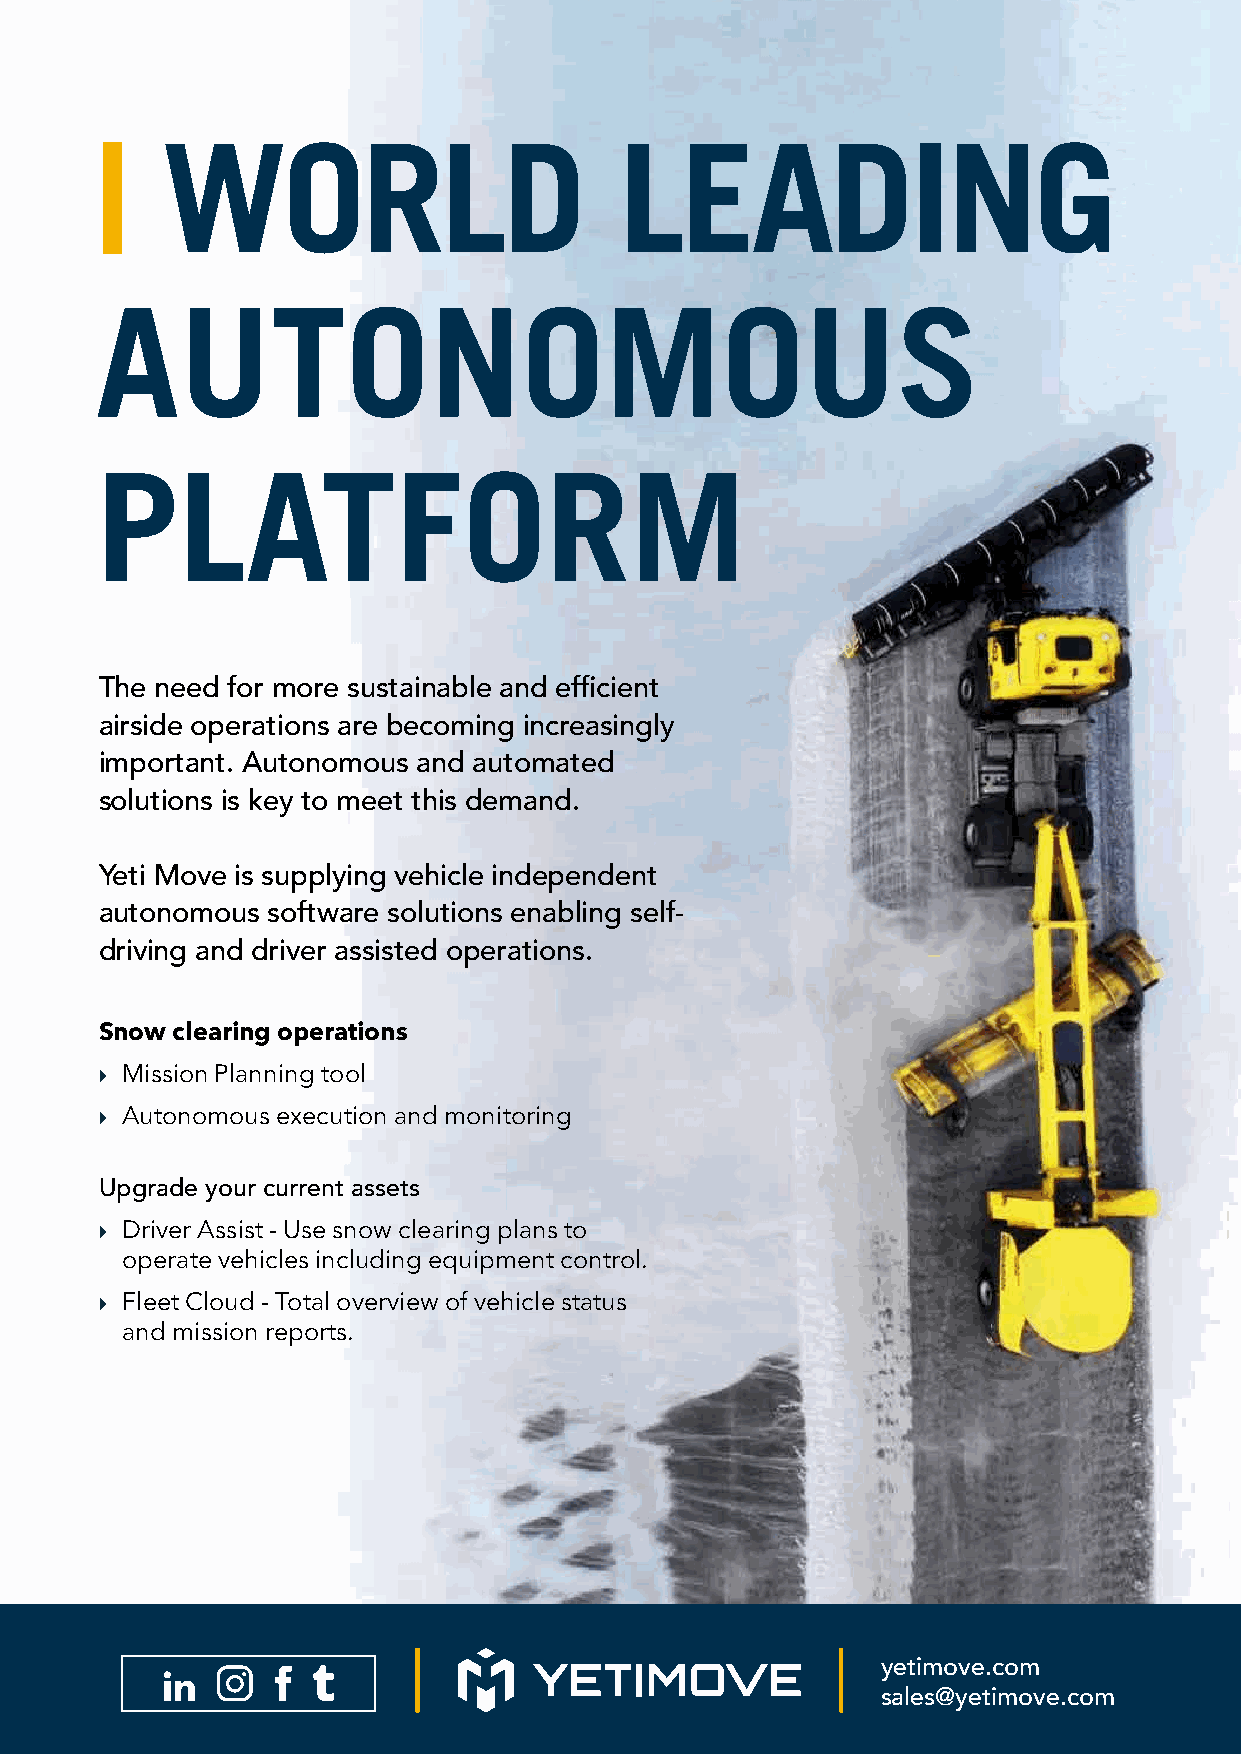
|    WORLD                         LEADING
 AUTONOMOUS
 PLATFORM
 The need for more sustainable and effi cient
 airside operations are becoming increasingly
 important. Autonomous and automated
 solutions is key to meet this demand.
 Yeti Move is supplying vehicle independent
 autonomous software solutions enabling self-
 driving and driver assisted operations.
 Snow clearing operations
  Mission Planning tool
  Autonomous execution and monitoring
 Upgrade your current assets
  Driver Assist - Use snow clearing plans to
 operate vehicles including equipment control.
  Fleet Cloud - Total overview of vehicle status
 and mission reports.
 yetimove.com
 sales@yetimove.com